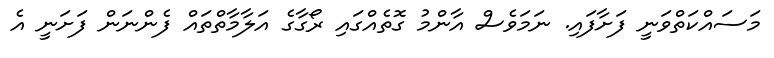
މަސައްކަތްވަނީ ފަށާފައި. ނަމަވެސް އާންމު ގޮތެއްގައި ރޯގާގެ އަލާމާތްތައް ފެންނަން ފަށަނީ އެ